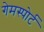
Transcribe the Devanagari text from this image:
गेमस्पोर्ट